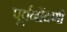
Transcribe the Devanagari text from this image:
पूर्वनोंदणी